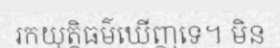
រកយុត្តិធម៌ឃើញទេ។ មិន